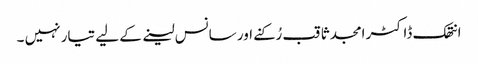
انتھک ڈاکٹر امجد ثاقب رُکنے اور سانس لینے کے لیے تیار نہیں ۔